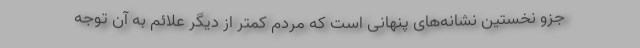
جزو نخستین نشانه‌های پنهانی است که مردم کمتر از دیگر علائم به آن توجه